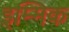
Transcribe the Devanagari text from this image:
इम्मिक